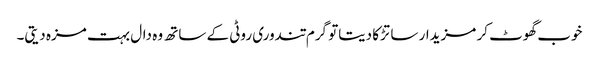
خوب گھوٹ کر مزیدار سا تڑکا دیتاتو گرم تندوری روٹی کے ساتھ وہ دال بہت مزہ دیتی۔